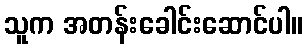
သူက အတန်းခေါင်းဆောင်ပါ။